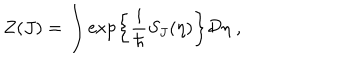
Z ( J ) = \int \exp \left\{ \frac { i } { \hbar } S _ { J } ( \eta ) \right\} { \bf { \cal D } } \eta \; ,